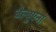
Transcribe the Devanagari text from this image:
बैल्बुएना